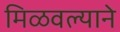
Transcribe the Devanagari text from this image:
मिळवल्याने